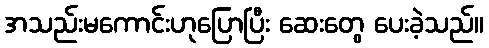
အသည်းမကောင်းဟုပြောပြီး ဆေးတွေ ပေးခဲ့သည်။